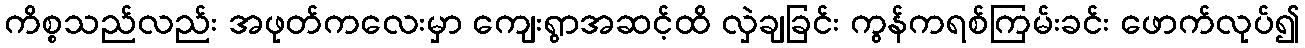
ကိစ္စသည်လည်း အဖုတ်ကလေးမှာ ကျေးရွာအဆင့်ထိ လှဲချခြင်း ကွန်ကရစ်ကြမ်းခင်း ဖောက်လုပ်၍